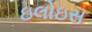
ઇલોઇસ